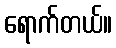
ရောက်တယ်။